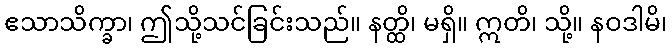
ဧသာသိက္ခာ၊ ဤသို့သင်ခြင်းသည်။ နတ္ထိ၊ မရှိ။ ဣတိ၊ သို့။ နဝဒါမိ၊